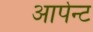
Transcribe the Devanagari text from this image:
आर्पेन्ट